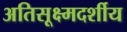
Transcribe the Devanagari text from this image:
अतिसूक्ष्मदर्शीय